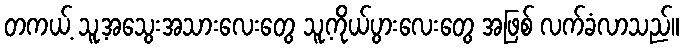
တကယ့် သူ့အသွေးအသားလေးတွေ သူ့ကိုယ်ပွားလေးတွေ အဖြစ် လက်ခံလာသည်။